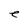
Character: e